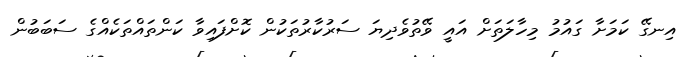
އިނގޭ ކަމަށާ ގައުމު މިހާލަތަށް އައީ ވޭތުވެދިޔަ ސަރުކާރުތަކުން ކޮށްފައިވާ ކަންތައްތަކެއްގެ ސަބަބުން